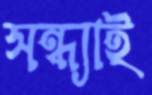
সন্ধ্যাই